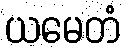
ယမေတံ